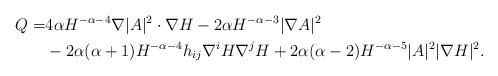
LaTeX: \begin{align*} Q= & 4\alpha H^{-\alpha-4}\nabla |A|^2\cdot\nabla H-2\alpha H^{-\alpha-3}|\nabla A|^2 \\ &-2\alpha(\alpha+1)H^{-\alpha-4}h_{ij}\nabla^iH\nabla^jH+2\alpha(\alpha-2)H^{-\alpha-5}|A|^2|\nabla H|^2.\end{align*}